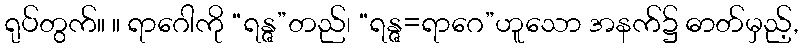
ရုပ်တွက်။ ။ ရာဂေါကို “ရန္ဇ”တည်၊ “ရန္ဇ=ရာဂေ”ဟူသော အနက်၌ ဓာတ်မှည့်,